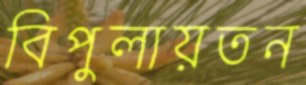
বিপুলায়তন